Civil Veterinary Department. Madras. Admin. report 1926-33 - 1926-1933
Year: 1926
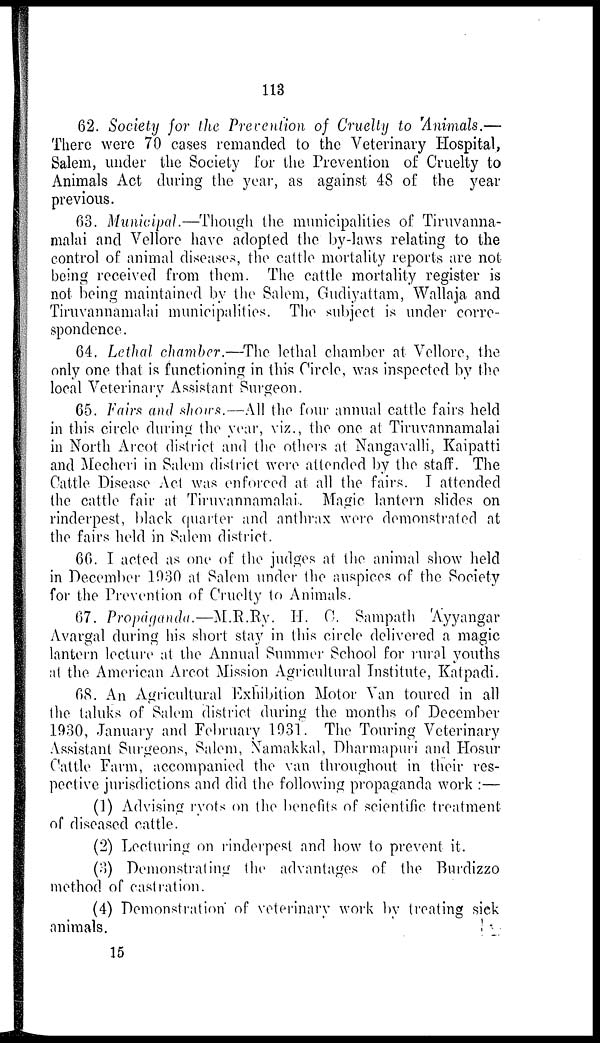
113
62. Society for the Prevention of Cruelty to Animals.—
There were 70 cases remanded to the Veterinary Hospital,
Salem, under the Society for the Prevention of Cruelty to
Animals Act during the year, as against 48 of the year
previous.
63. Municipal.—Though the municipalities of Tiruvanna-
malai and Vellore have adopted the by-laws relating to the
control of animal diseases, the cattle mortality reports are not
being received from them. The cattle mortality register is
not being maintained by the Salem, Gudiyattam, Wallaja and
Tiruvannamalai municipalities. The subject is under corre-
spondence.
64. Lethal chamber.—The lethal chamber at Vellore, the
only one that is functioning in this Circle, was inspected by the
local Veterinary Assistant Surgeon.
65. Fairs and shows.—All the four annual cattle fairs held
in this circle during the year, viz., the one at Tiruvannamalai
in North Arcot district and the others at Nangavalli, Kaipatti
and Mecheri in Salem district were attended by the staff. The
Cattle Disease Act was enforced at all the fairs. I attended
the cattle fair at Tiruvannamalai. Magic lantern slides on
rinderpest, black quarter and anthrax were demonstrated at
the fairs held in Salem district.
66. I acted as one of the judges at the animal show held
in December 1930 at Salem under the auspices of the Society
for the Prevention of Cruelty to Animals.
67. Propaganda.—M.R.Ry. H. C. Sampath Ayyangar
Avargal during his short stay in this circle delivered a magic
lantern lecture at the Annual Summer School for rural youths
at the American Arcot Mission Agricultural Institute, Katpadi.
68. An Agricultural Exhibition Motor Van toured in all
the taluks of Salem district during the months of December
1930, January and February 1931. The Touring Veterinary
Assistant Surgeons, Salem, Namakkal, Dharmapuri and Hosur
Cattle Farm, accompanied the van throughout in their res-
pective jurisdictions and did the following propaganda work :—
(1) Advising ryots on the benefits of scientific treatment
of diseased cattle.
(2) Lecturing on rinderpest and how to prevent it.
(3) Demonstrating the advantages of the Burdizzo
method of castration.
(4) Demonstration of veterinary work by treating sick
animals.
15